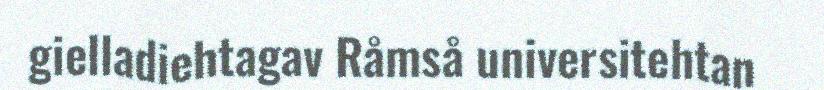
gielladiehtagav Råmså universitehtan